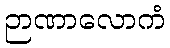
ဉာဏာလောကံ